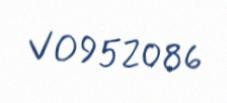
VO952086